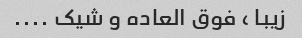
زیبا ، فوق العاده و شیک ....